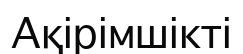
Ақірімшікті